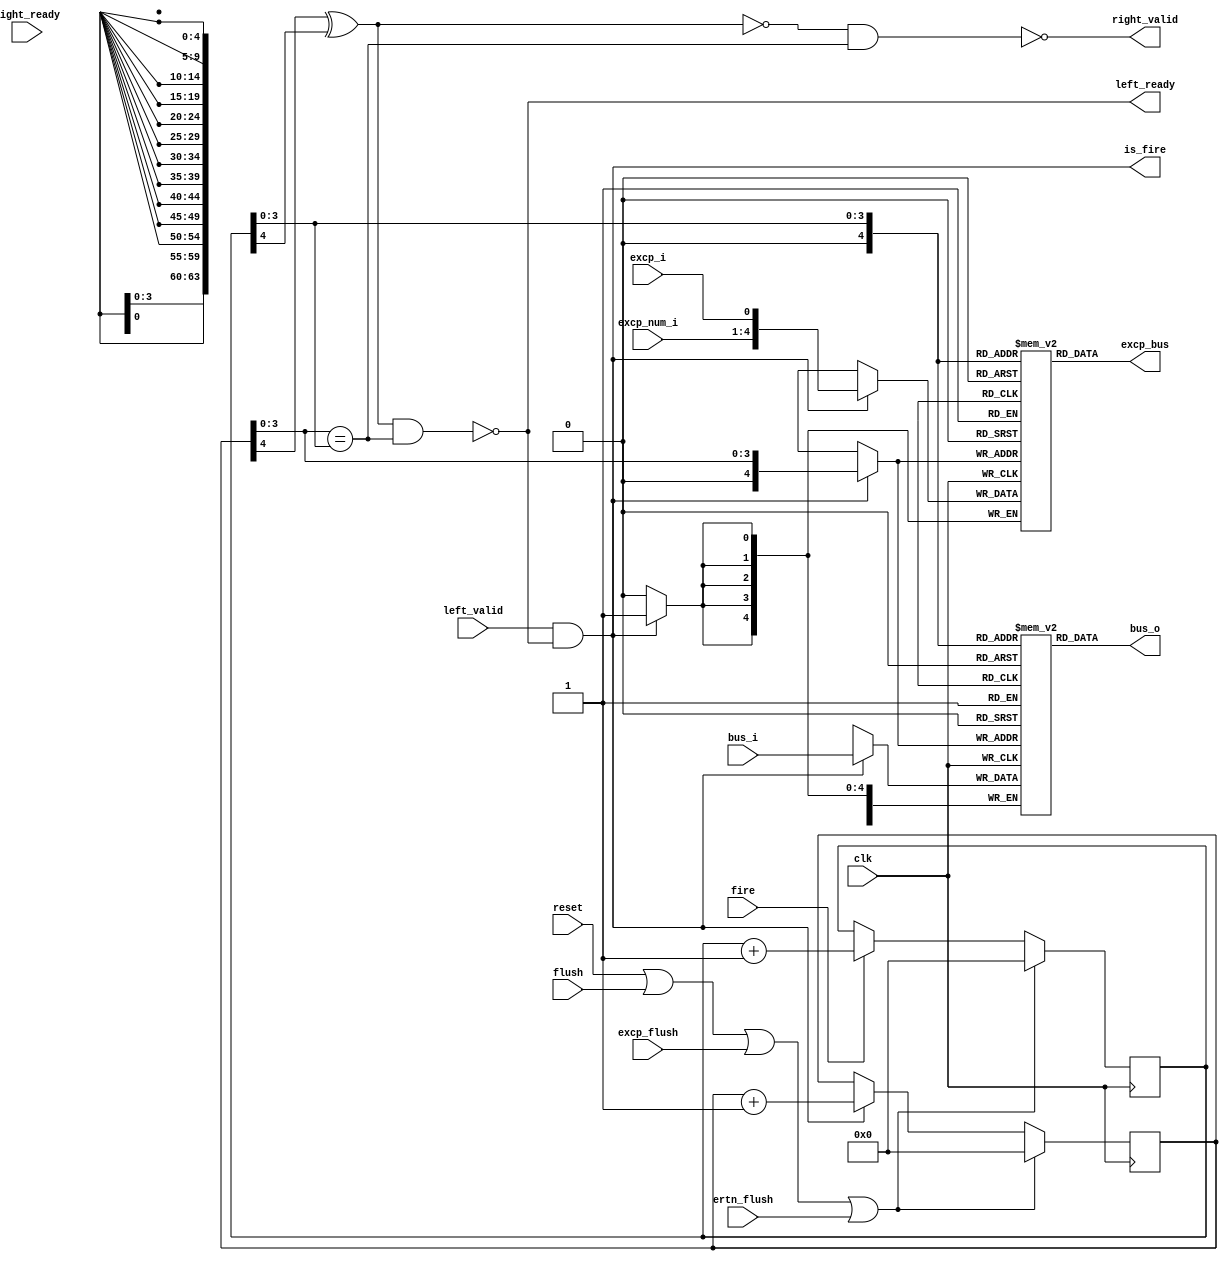
module fetch_buffer (
    input wire clk,
    input wire reset,
    input wire flush,
    //excption
    input wire excp_flush,
    input wire ertn_flush,
    //inst
    input wire [63:0] bus_i,
    input wire excp_i,
    input wire [3:0]excp_num_i,

    // output wire excp_o.
    output wire [4:0]excp_bus,

    output wire [63:0] bus_o,

    //handshark
    input wire left_valid,
    output wire left_ready,

    output wire right_valid,
    input wire right_ready,
    input wire fire,
    output wire is_fire
);

reg [4:0] head_pointer;
reg [4:0] tail_pointer;

reg [63:0] buffer[16:0];
reg [4:0] excp_buffer[16:0];

wire empty;
wire full;

always @(posedge clk) begin
    if(reset | flush | excp_flush | ertn_flush) begin 
        head_pointer <= 5'h0;
        tail_pointer <= 5'h0;
    end
    else begin 
        if(left_valid & left_ready) begin 
            head_pointer <= head_pointer + 5'h1;
        end
        if(fire) begin 
            tail_pointer <= tail_pointer + 5'h1;
        end
    end
end

always @(posedge clk) begin
    if(left_valid & left_ready) begin 
        buffer[head_pointer[3:0]] <= bus_i;
        excp_buffer[head_pointer[3:0]] <= {excp_num_i,excp_i};
        // pc_buffer[head_pointer[4:0]] <= pc_in;
    end
end

assign empty = !(head_pointer[4] ^ tail_pointer[4]) & (head_pointer[3:0] == tail_pointer[3:0]);
assign full  =  (head_pointer[4] ^ tail_pointer[4]) & (head_pointer[3:0] == tail_pointer[3:0]);

assign left_ready = !full;
assign right_valid = !empty;
// assign inst_out = inst_buffer[tail_pointer[4:0]];
assign bus_o = buffer[tail_pointer[3:0]];
assign excp_bus = excp_buffer[tail_pointer[3:0]];
// assign pc_out = pc_buffer[tail_pointer[4:0]];
assign is_fire = left_valid & left_ready;

endmodule